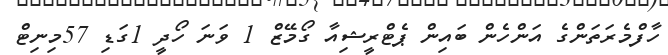
ހާފްމެރަތަންގެ އަންހެން ބައިން ޕެޓްރީޝިއާ ގޯމޭޒް 1 ވަނަ ހޯދީ 1ގަޑި 57މިނިޓް